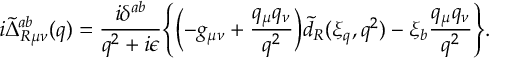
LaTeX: i \tilde { \Delta } _ { R \mu \nu } ^ { a b } ( q ) = \frac { i \delta ^ { a b } } { q ^ { 2 } + i \epsilon } \Biggl \{ \biggl ( - g _ { \mu \nu } + \frac { q _ { \mu } q _ { \nu } } { q ^ { 2 } } \biggr ) \tilde { d } _ { R } ( \xi _ { q } , q ^ { 2 } ) - \xi _ { b } \frac { q _ { \mu } q _ { \nu } } { q ^ { 2 } } \Biggr \} .